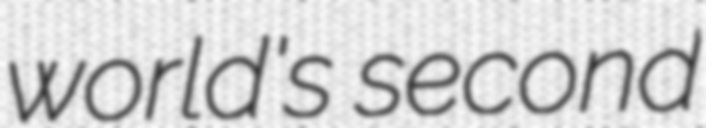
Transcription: world's second